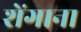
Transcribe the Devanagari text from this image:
शेंगाना